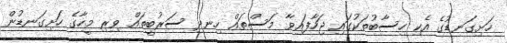
ހަށިގަނޑުގެ އެކި ހިސާބުތަކުގައި ޖަހާފައިވާ މަސްތައް ހިނދި ސަރުބީތައް ވިރި މީހާގެ ހަށިގަނޑުން